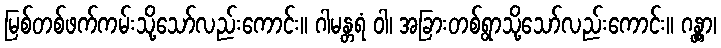
မြစ်တစ်ဖက်ကမ်းသို့သော်လည်းကောင်း။ ဂါမန္တရံ ဝါ၊ အခြားတစ်ရွာသို့သော်လည်းကောင်း။ ဂန္တွာ၊